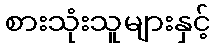
စားသုံးသူများနှင့်